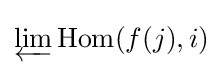
\varprojlim \operatorname {Hom} (f(j),i)